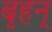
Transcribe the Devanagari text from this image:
बृहन्